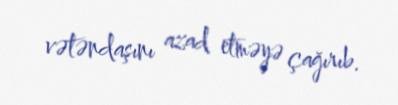
vətəndaşını azad etməyə çağırıb.